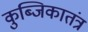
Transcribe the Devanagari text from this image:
कुब्जिकातंत्र